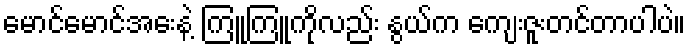
မောင်မောင်အေးနဲ့ ကြူကြူကိုလည်း နွယ်က ကျေးဇူးတင်တာပါပဲ။